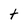
Character: t